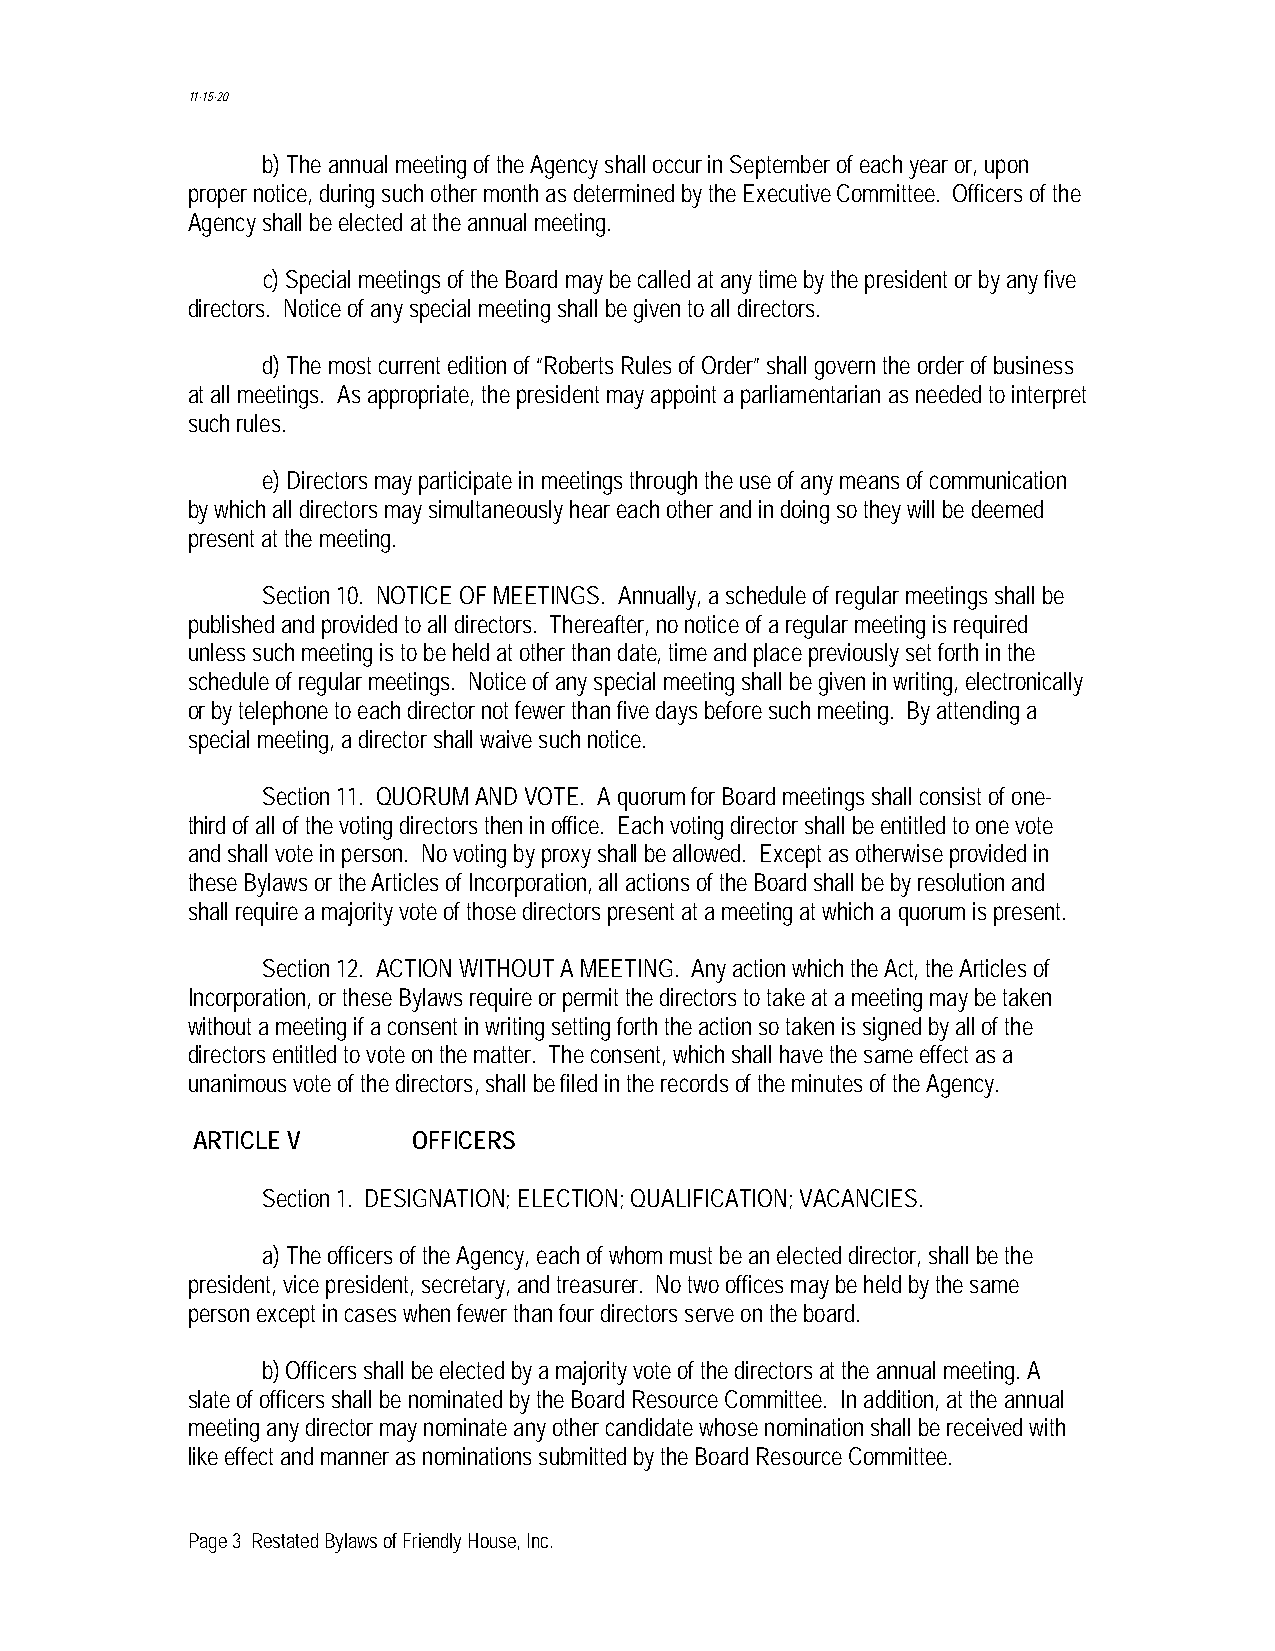
11-15-20
 b) The annual meeting of the Agency shall occur in September of each year or, upon
 proper notice, during such other month as determined by the Executive Committee. Officers of the
 Agency shall be elected at the annual meeting.
 c) Special meetings of the Board may be called at any time by the president or by any five
 directors. Notice of any special meeting shall be given to all directors.
 d) The most current edition of “Roberts Rules of Order” shall govern the order of business
 at all meetings. As appropriate, the president may appoint a parliamentarian as needed to interpret
 such rules.
 e) Directors may participate in meetings through the use of any means of communication
 by which all directors may simultaneously hear each other and in doing so they will be deemed
 present at the meeting.
 Section 10. NOTICE OF MEETINGS. Annually, a schedule of regular meetings shall be
 published and provided to all directors. Thereafter, no notice of a regular meeting is required
 unless such meeting is to be held at other than date, time and place previously set forth in the
 schedule of regular meetings. Notice of any special meeting shall be given in writing, electronically
 or by telephone to each director not fewer than five days before such meeting. By attending a
 special meeting, a director shall waive such notice.
 Section 11. QUORUM AND VOTE. A quorum for Board meetings shall consist of one-
 third of all of the voting directors then in office. Each voting director shall be entitled to one vote
 and shall vote in person. No voting by proxy shall be allowed. Except as otherwise provided in
 these Bylaws or the Articles of Incorporation, all actions of the Board shall be by resolution and
 shall require a majority vote of those directors present at a meeting at which a quorum is present.
 Section 12. ACTION WITHOUT A MEETING. Any action which the Act, the Articles of
 Incorporation, or these Bylaws require or permit the directors to take at a meeting may be taken
 without a meeting if a consent in writing setting forth the action so taken is signed by all of the
 directors entitled to vote on the matter. The consent, which shall have the same effect as a
 unanimous vote of the directors, shall be filed in the records of the minutes of the Agency.
 ARTICLE V     OFFICERS
 Section 1. DESIGNATION; ELECTION; QUALIFICATION; VACANCIES.
 a) The officers of the Agency, each of whom must be an elected director, shall be the
 president, vice president, secretary, and treasurer. No two offices may be held by the same
 person except in cases when fewer than four directors serve on the board.
 b) Officers shall be elected by a majority vote of the directors at the annual meeting. A
 slate of officers shall be nominated by the Board Resource Committee. In addition, at the annual
 meeting any director may nominate any other candidate whose nomination shall be received with
 like effect and manner as nominations submitted by the Board Resource Committee.
 Page 3 Restated Bylaws of Friendly House, Inc.